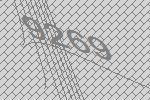
9269